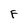
Character: F